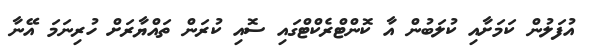
އުފަލުން ކަމަށާއި ކުލަބުން އާ ކޮންޓްރެކްޓްގައި ސޮއި ކުރަން ތައްޔާރަށް ހުރިނަމަ އޭނާ